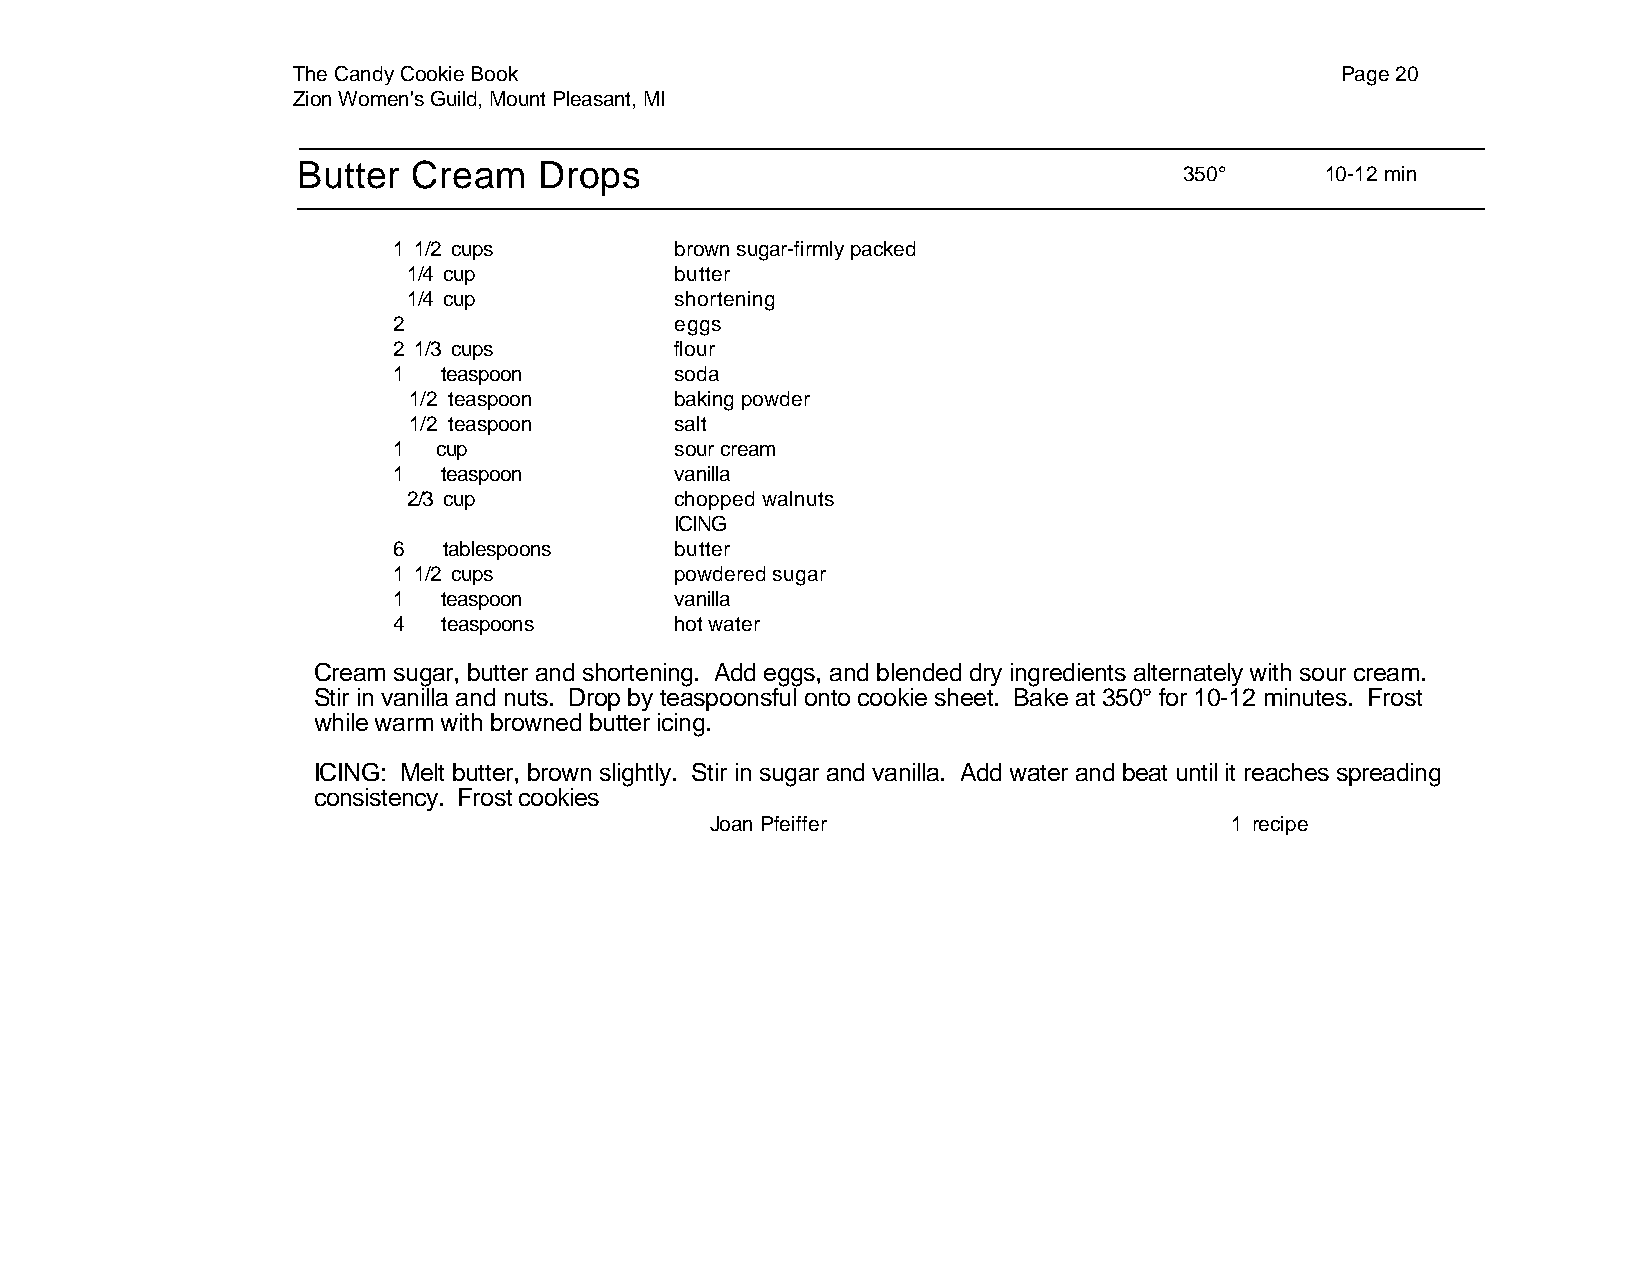
The Candy Cookie Book                                                 Page 20
 Zion Women's Guild, Mount Pleasant, MI
 Butter Cream    Drops
 350°      10-12 min
 1 1/2 cups         brown sugar-firmly packed
 1/4 cup           butter
 1/4 cup           shortening
 2                  eggs
 2 1/3 cups         flour
 1  teaspoon        soda
 1/2 teaspoon      baking powder
 1/2 teaspoon      salt
 1  cup             sour cream
 1  teaspoon        vanilla
 2/3 cup           chopped walnuts
 ICING
 6  tablespoons     butter
 1 1/2 cups         powdered sugar
 1  teaspoon        vanilla
 4  teaspoons       hot water
 Cream sugar, butter and shortening. Add eggs, and blended dry ingredients alternately with sour cream.
 Stir in vanilla and nuts. Drop by teaspoonsful onto cookie sheet. Bake at 350° for 10-12 minutes. Frost
 while warm with browned butter icing.
 ICING: Melt butter, brown slightly. Stir in sugar and vanilla. Add water and beat until it reaches spreading
 consistency. Frost cookies
 Joan Pfeiffer                     1 recipe